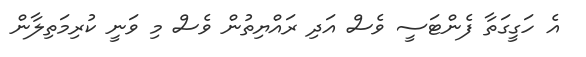
އެ ހަގީގަތާ ފެންޓަސީ ވެސް އަދި ރައްޔިތުން ވެސް މި ވަނީ ކުރިމަތިލާން